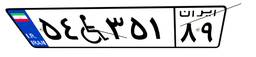
۵۴W۳۵۱۸۹